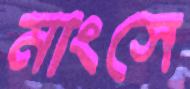
মাংসে